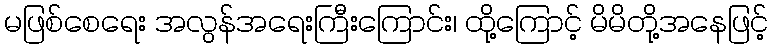
မဖြစ်စေရေး အလွန်အရေးကြီးကြောင်း၊ ထို့ကြောင့် မိမိတို့အနေဖြင့်